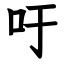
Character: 吁